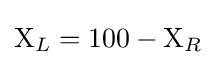
\mathrm {X} _{L}=100-\mathrm {X} _{R}